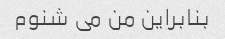
بنابراین من می شنوم